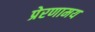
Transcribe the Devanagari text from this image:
प्रेरणामय